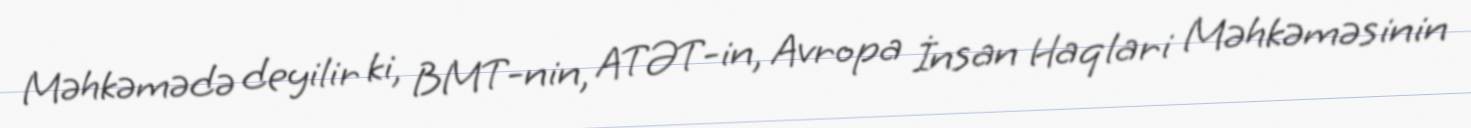
Məhkəmədə deyilir ki, BMT-nin, ATƏT-in, Avropa İnsan Haqlari Məhkəməsinin